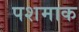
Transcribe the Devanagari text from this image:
पशमाक